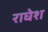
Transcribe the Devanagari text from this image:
राघेश